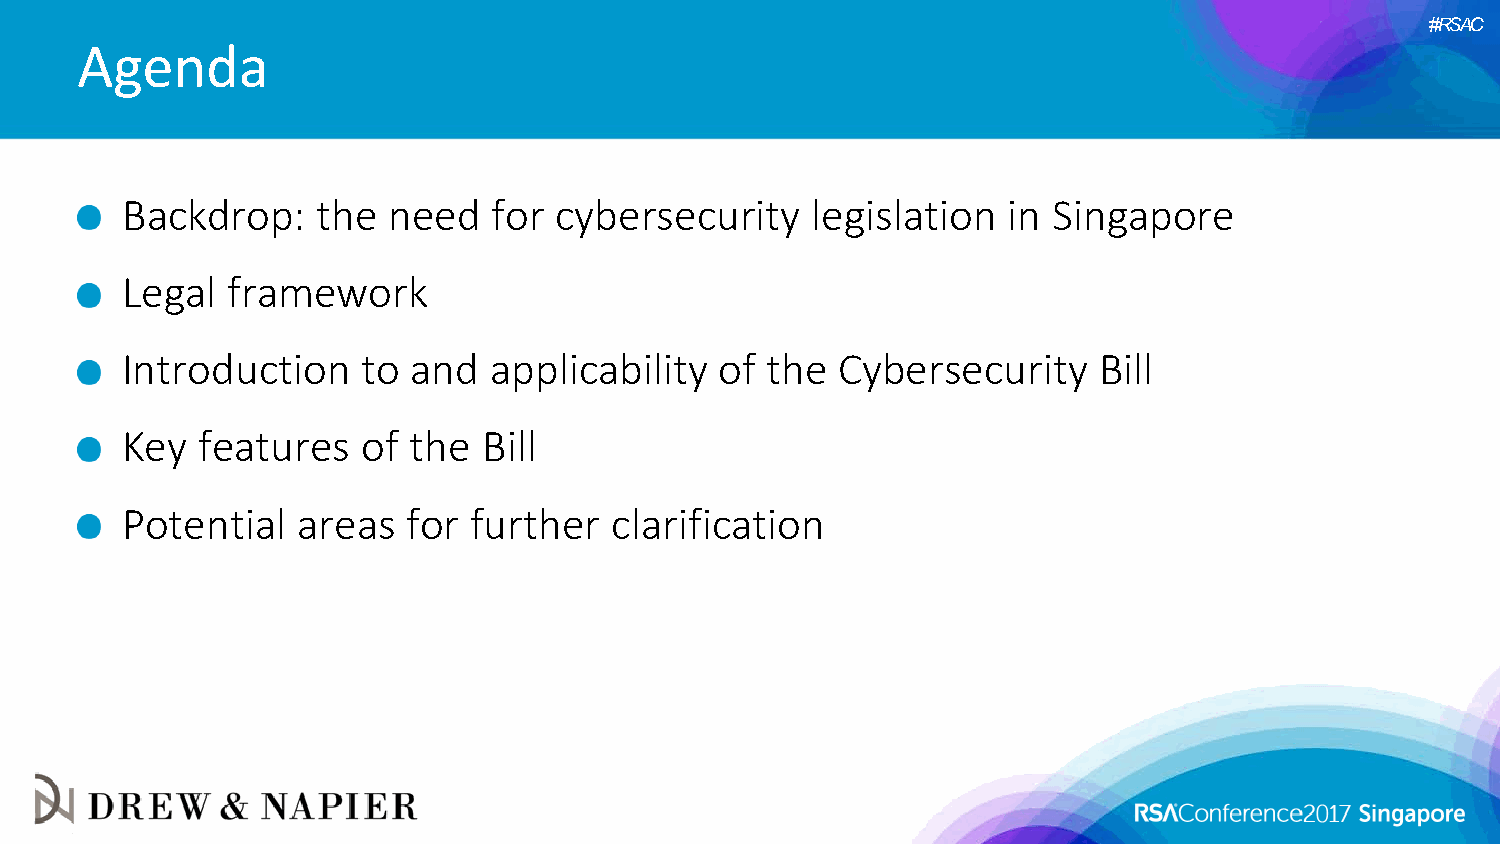
#RSAC
 Agenda
 Backdrop:    the  need   for cybersecurity    legislation  in Singapore
 Legal  framework
 Introduction    to and  applicability   of the Cybersecurity     Bill
 Key  features   of the  Bill
 Potential   areas  for further  clarification